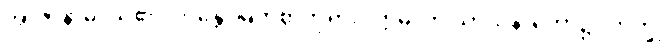
အာဇာနာမိ၊ သိ၏။ ဘန္တေ၊ မြတ်စွာဘုရား။ ဣဓ၊ ဤသာသနာတော်၌။ ဘိက္ခု၊